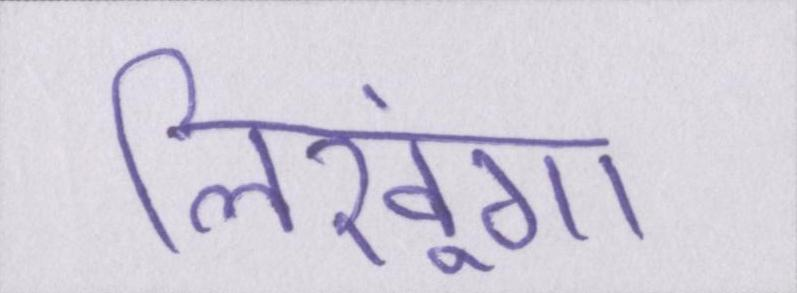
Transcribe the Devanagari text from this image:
लिखूंगा